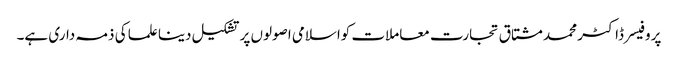
پروفیسر ڈاکٹر محمد مشتاق تجارت معاملات کواسلامی اصولوں پر تشکیل دینا علما کی ذمہ داری ہے۔